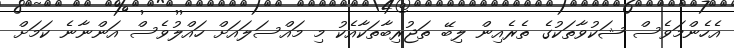
އެހެންމަވެސް ޝަކުވާތަކުގެ ތެރެއިން ލިބޭ ތަޖުރިބާތަކާއެކު މި މައްސަލައަށް ހައްލުވެސް އަންނާނެ ކަމަށް